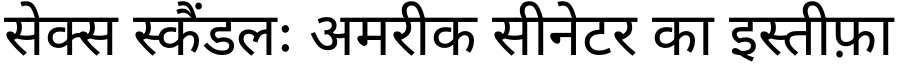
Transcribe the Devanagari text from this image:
सेक्स स्कैंडलः अमरीक सीनेटर का इस्तीफ़ा